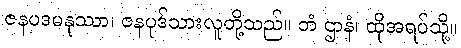
ဇနပဒမနုဿာ၊ ဇနပုဒ်သားလူတို့သည်။ တံ ဌာနံ၊ ထိုအရပ်သို့။